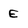
Character: E